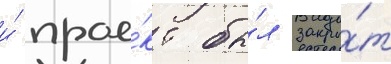
и́ прое́кт бы́л закры́т